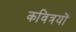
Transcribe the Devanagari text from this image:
कवित्रयों